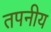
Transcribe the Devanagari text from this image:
तपनीय